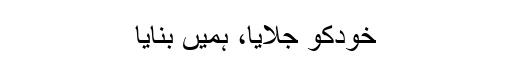
خودکو جلایا، ہمیں بنایا